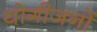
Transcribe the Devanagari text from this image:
योगीजनों